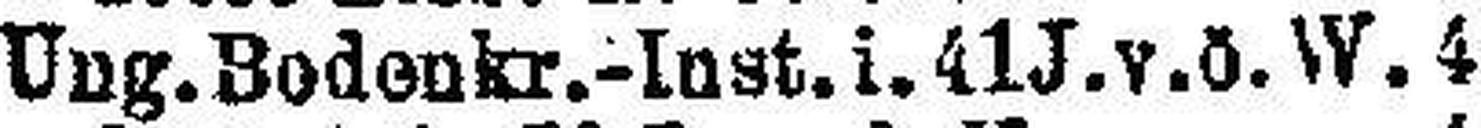
Ung. Bodenkr.-Inst. i. 41 J. v. ö. W. 4